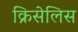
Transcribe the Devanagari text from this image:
क्रिसेलिस